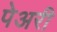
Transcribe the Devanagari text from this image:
पेअरी